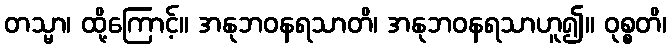
တသ္မာ၊ ထို့ကြောင့်။ အနုဘဝနရသာတိ၊ အနုဘဝနရသာဟူ၍။ ဝုစ္စတိ၊